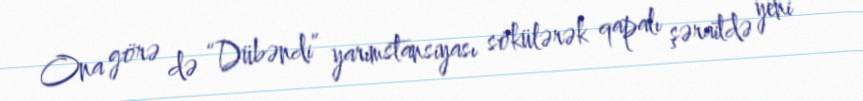
Ona görə də “Dübəndi” yarımstansiyası sökülərək qapalı şəraitdə yeni